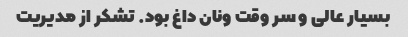
بسیار عالی و سر وقت ونان داغ بود. تشکر از مدیریت